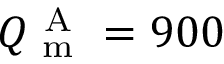
Q _ { \mathrm { ~ m ~ } } ^ { \mathrm { ~ A ~ } } = 9 0 0